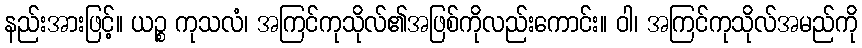
နည်းအားဖြင့်။ ယဉ္စ ကုသလံ၊ အကြင်ကုသိုလ်၏အဖြစ်ကိုလည်းကောင်း။ ဝါ၊ အကြင်ကုသိုလ်အမည်ကို